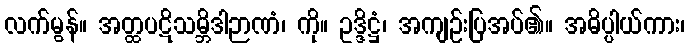
လက်မွန်။ အတ္ထပဋိသမ္ဘိဒါဉာဏံ၊ ကို။ ဥဒ္ဒိဋ္ဌံ၊ အကျဉ်းပြအပ်၏။ အဓိပ္ပါယ်ကား၊